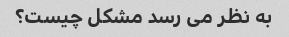
به نظر می رسد مشکل چیست؟